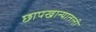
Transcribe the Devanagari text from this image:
छापखान्यातली